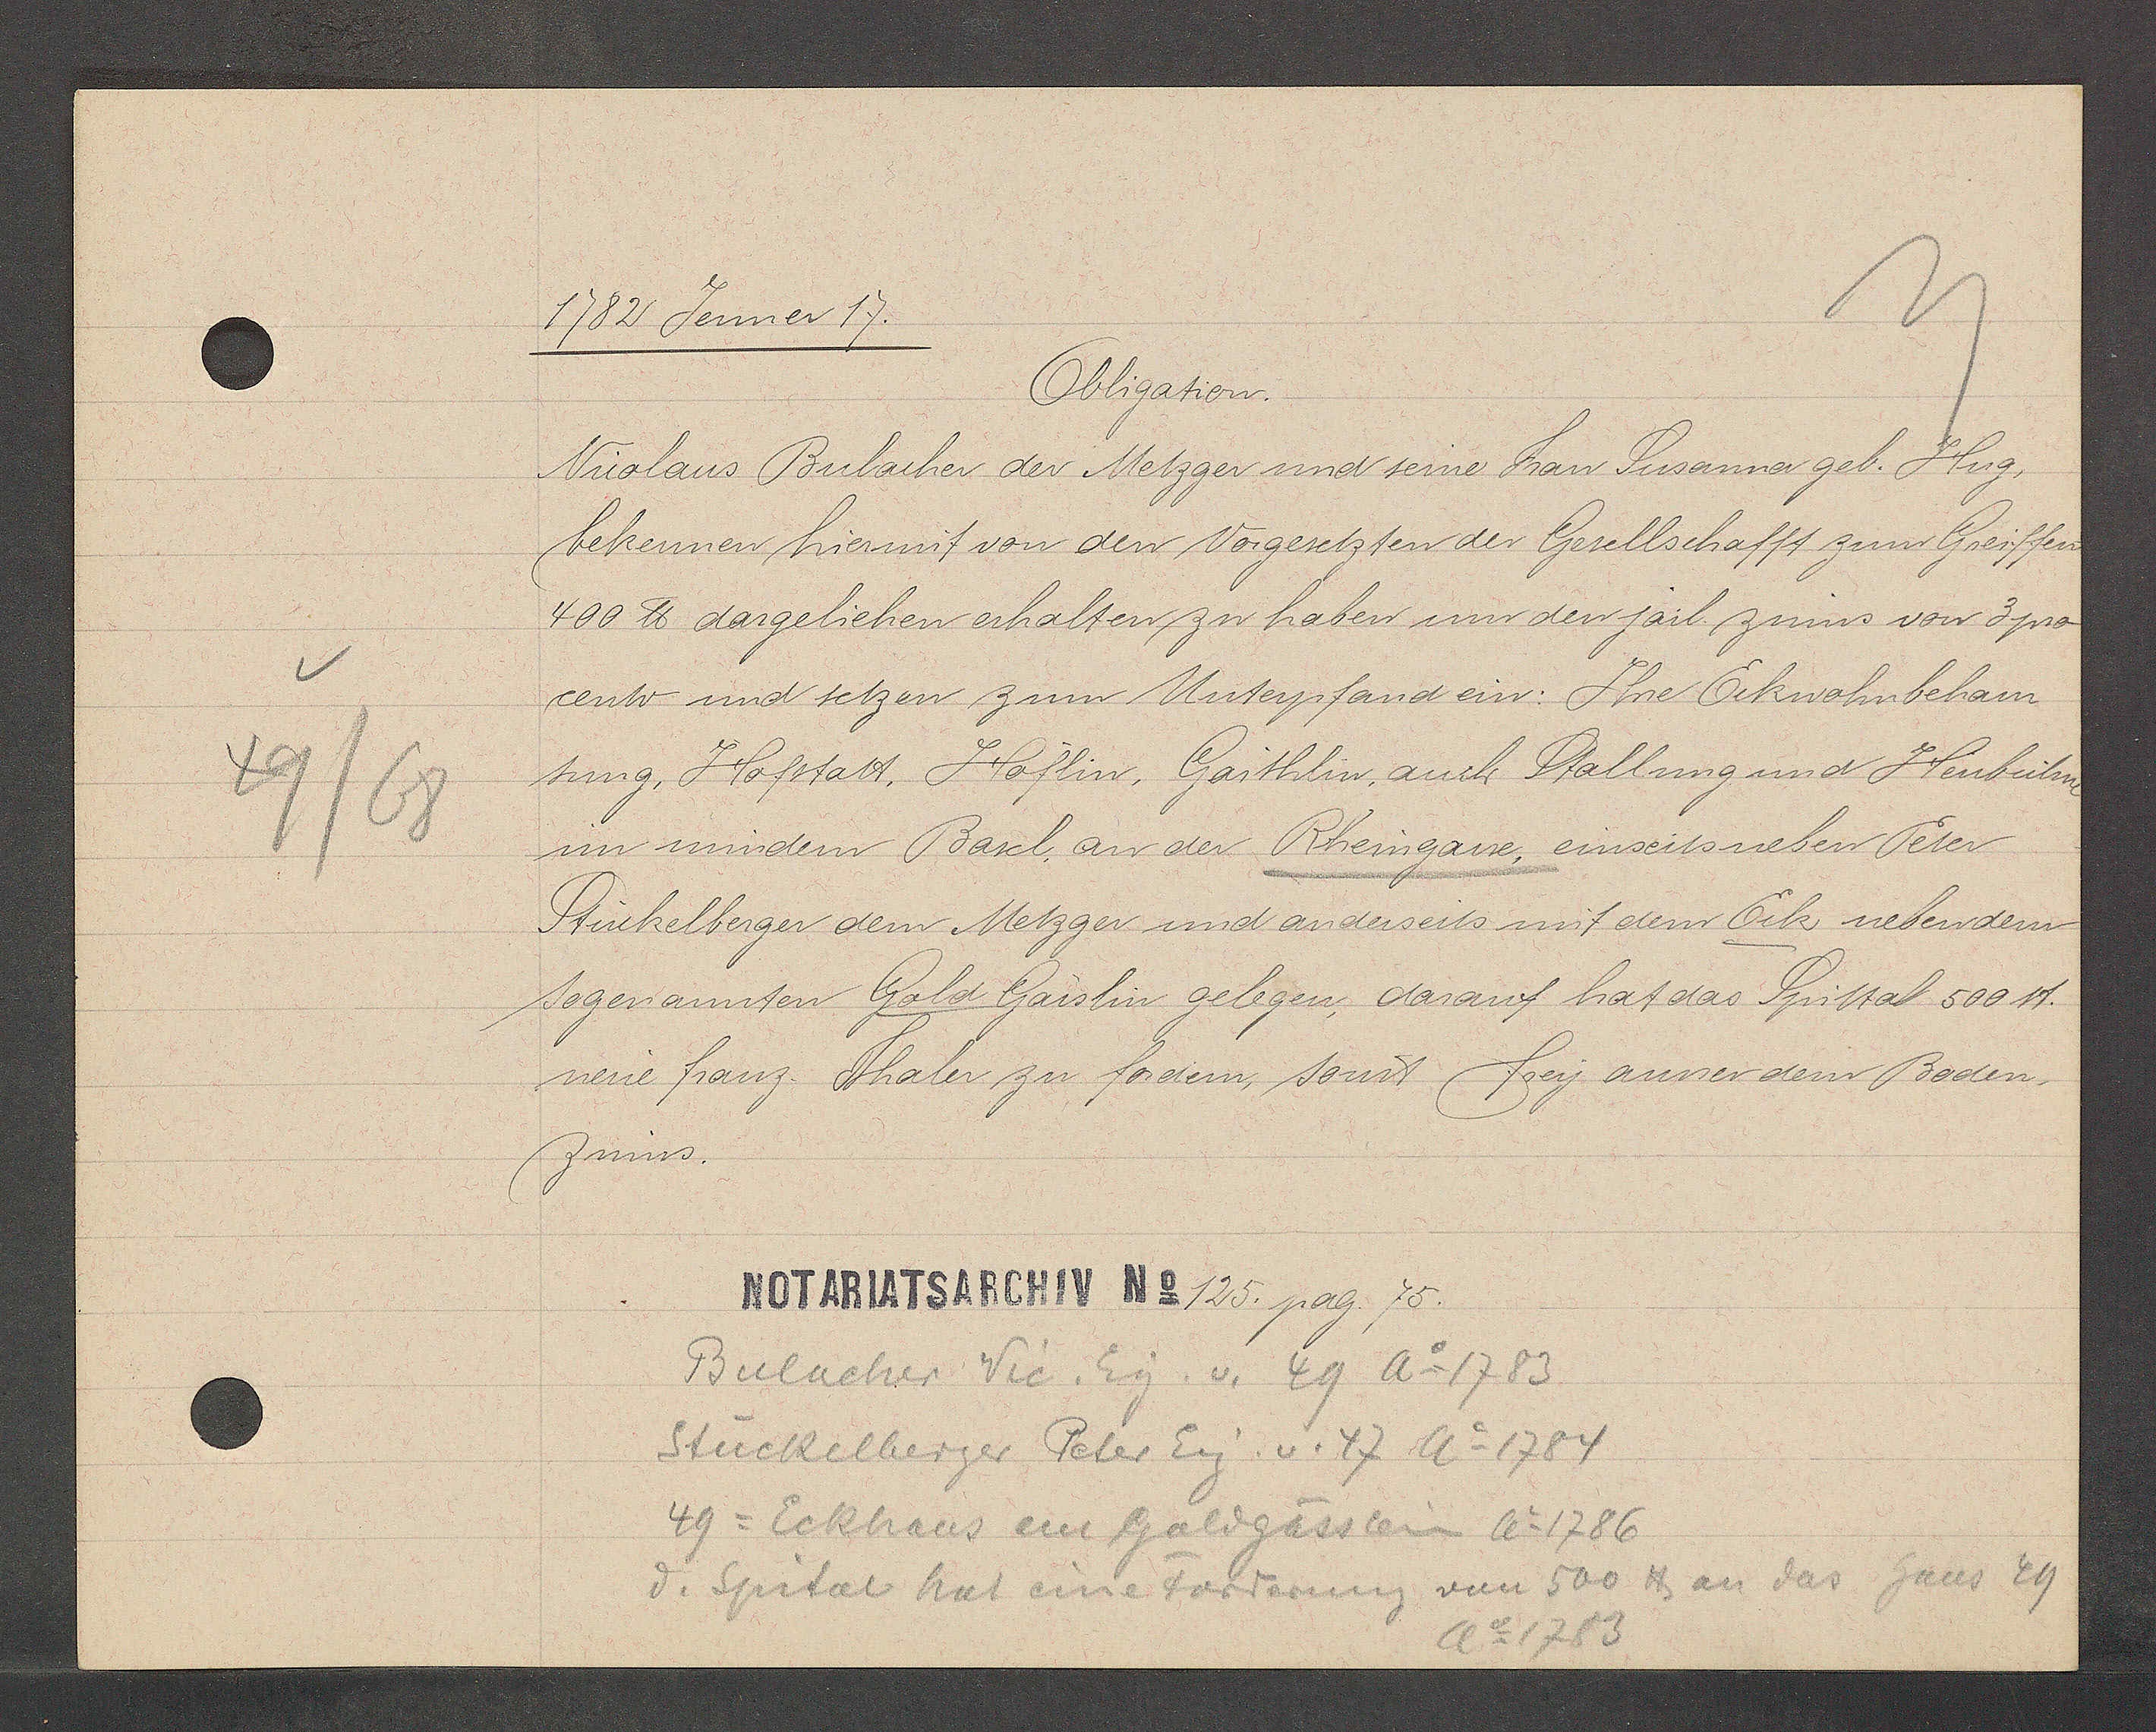
Transcript:
49/68

1782 Jenner 17.

Obligation.
Nicolaus Bulacher der Metzger und seine Frau Susanna geb. Hug,
bekennen hiermit von den Vorgesetzten der Gesellschafft zum Greiffen
400 ℔ dargeliehen erhalten zu haben um den järl. zinns von 3 pro
cento und setzen zum Unterpfand ein: Ihre Eckwohnbehau
sung. Hofstatt, Höflin, Garthlin, auch Stallung und Heubühne
in mindern Basel, an der Rheingasse, einseits neben Peter
Stückelberger dem Metzger und anderseits mit dem Eck neben dem
sogenannten Gold Gässlin gelegen, darauf hat das Spittal 500 ℔.
neue franz. Thaler zu fordern, sonst frey anner dem Boden-
Zinns.

Notariatsarchiv No 125. pag. 75.

Bulacher Vic. Eig. v. 49 Ao 1783
Stückelberger Peter Eig. v. 47 Ao 1784
49 = Eckhaus an Goldgässlein Ao1786
d. Spital hat eine Forderung von 500 ℔ an das haus 49
Ao 1783